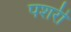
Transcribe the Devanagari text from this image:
पशरी